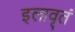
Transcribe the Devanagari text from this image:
इलावृतं